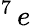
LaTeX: ^7\, e